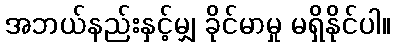
အဘယ်နည်းနှင့်မျှ ခိုင်မာမှု မရှိနိုင်ပါ။